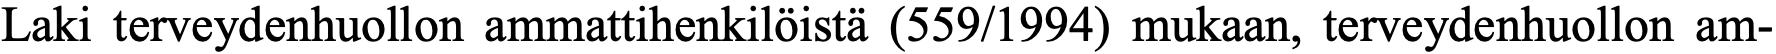
Laki terveydenhuollon ammattihenkilöistä (559/1994) mukaan, terveydenhuollon am-